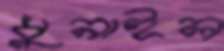
ধুনাইল